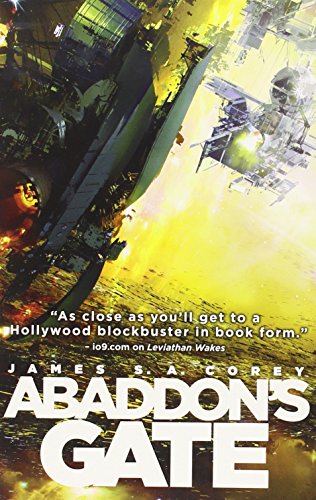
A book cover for Abaddon's Gate (The Expanse); James S.A. Corey; Science Fiction & Fantasy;